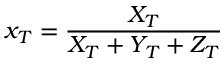
x _ { T } = { \frac { X _ { T } } { X _ { T } + Y _ { T } + Z _ { T } } }